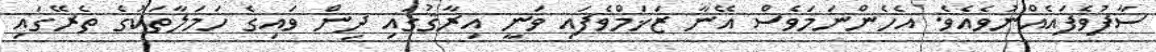
ސާފުވެފައެއްނުވެއެވެ. އެހެންނަމަވެސް އޭނާ ޒަޚަމްވެފައި ވަނީ އިރާޤުގައި ދިން ވައިގެ ހަމަލާތަކުގެ ތެރޭގައި